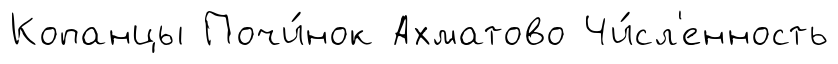
Копанцы Почи́нок Ахматово Чи́сл'енность